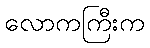
လောကကြီးက